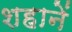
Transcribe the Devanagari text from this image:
शहानें